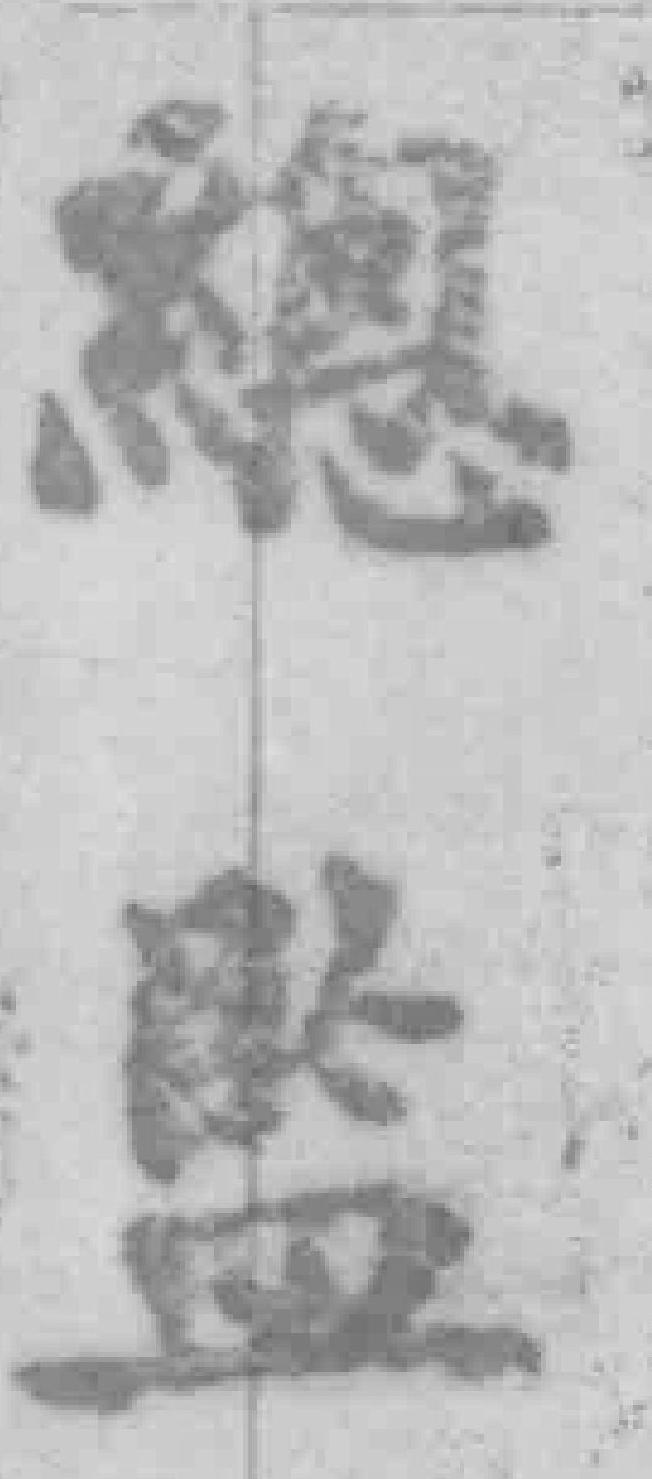
總监